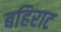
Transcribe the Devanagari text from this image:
बहिराट